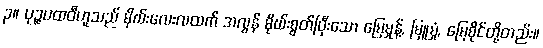
၃။ ပုဉ္ဇပထဝီဟူသည် မိုဃ်းလေးလထက် အလွန် မိုဃ်းစွတ်ပြီးသော မြေမှုန့်, မြူမှုံ, မြေစိုင်တို့တည်း။